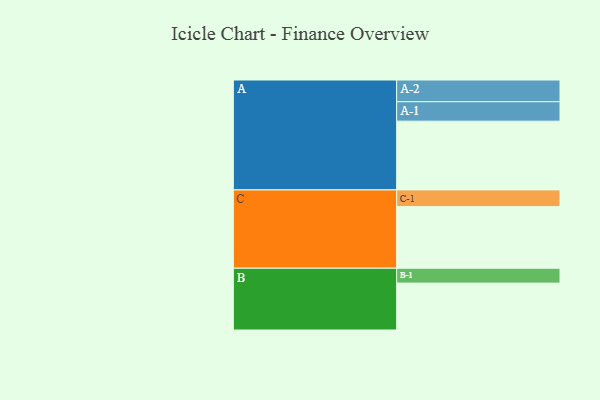
{"axis": {"x": "Segment", "y": "Value"}, "legend": ["", "A", "B", "C"], "data": [{"x": "A", "y": 551, "type": ""}, {"x": "B", "y": 376, "type": ""}, {"x": "C", "y": 494, "type": ""}, {"x": "A-1", "y": 156, "type": "A"}, {"x": "A-2", "y": 174, "type": "A"}, {"x": "B-1", "y": 119, "type": "B"}, {"x": "C-1", "y": 134, "type": "C"}]}